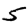
Digit: 5